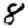
Digit: 8